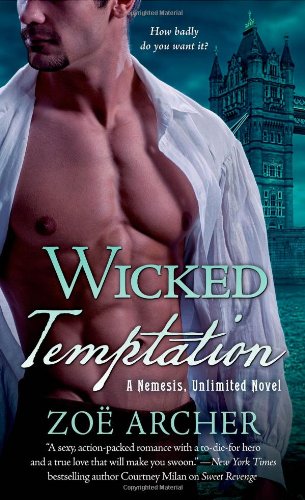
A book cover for Wicked Temptation: A Nemesis, Unlimited Novel; ZoÃ« Archer; Romance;